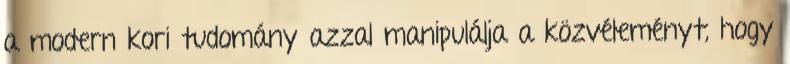
a modern kori tudomány azzal manipulálja a közvéleményt, hogy